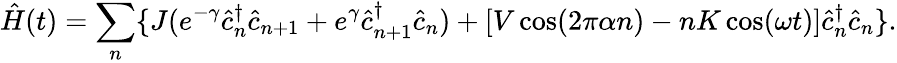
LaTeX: \hat{H}(t)=\sum_{n}\{ J(e^{-\gamma}\hat{c}_{n}^{\dagger}\hat{c}_{n+1}+e^{\gamma}\hat{c}_{n+1}^{\dagger}\hat{c}_{n})+[V\cos(2\pi\alpha n)-nK\cos(\omega t)]\hat{c}_{n}^{\dagger}\hat{c}_{n}\} .